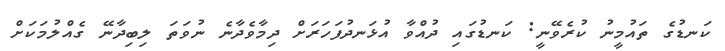
ކަނޑުގެ ތައުމީނު ކުރެވޭނީ: ކަނޑުގައި ދުއްވާ އުޅަނދުފަހަރަށް ދިމާވެދާނެ ނުވަތަ ލިބިދާނޭ ގެއްލުމަކަށް